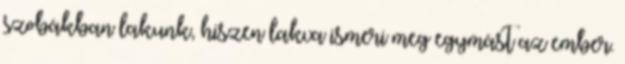
szobákban lakunk, hiszen lakva ismeri meg egymást az ember.